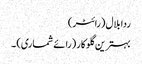
ردا بلال (رائٹر)
بہترین گلوکار (رائے شماری) ۔